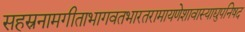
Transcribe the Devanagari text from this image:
सहस्रनामगीताभागवतभारतरामायणेशावास्याद्युपनिषद